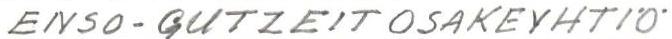
ENSO-GUTZEIT OSAKEYHTIÖ